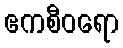
ဧကစီဝရော